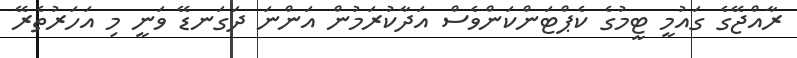
ރާއްޖޭގެ ގައުމީ ޓީމުގެ ކެޕްޓަންކަންވެސް އަދާކުރަމުން އަންނަ ދަގަނޑޭ ވަނީ މި އަހަރުތެރޭ